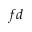
f d